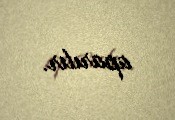
aparılır.